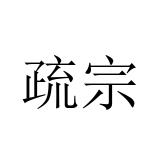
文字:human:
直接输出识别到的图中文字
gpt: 疏宗